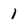
Character: 1